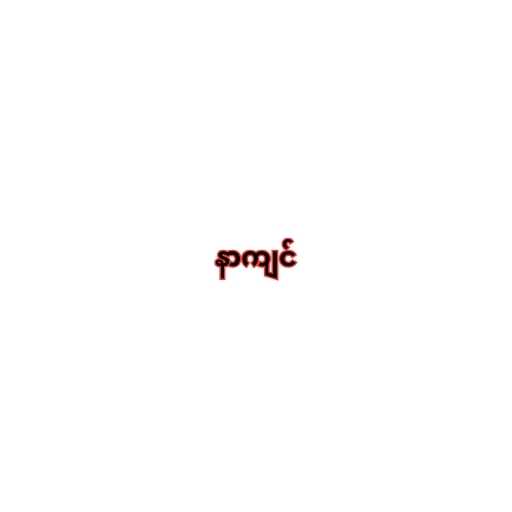
နာကျင်